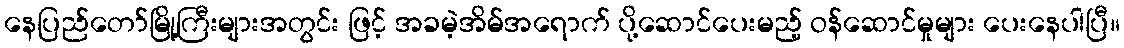
နေပြည်တော်မြို့ကြီးများအတွင်း ဖြင့် အခမဲ့အိမ်အရောက် ပို့ဆောင်ပေးမည့် ဝန်ဆောင်မှုများ ပေးနေပါပြီ။